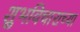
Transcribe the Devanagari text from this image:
शुभविचाराच्या